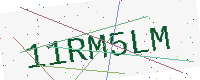
Text: 11RM5LM